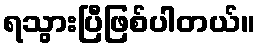
ရသွားပြီဖြစ်ပါတယ်။